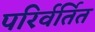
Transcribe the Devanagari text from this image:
परिर्वर्तित